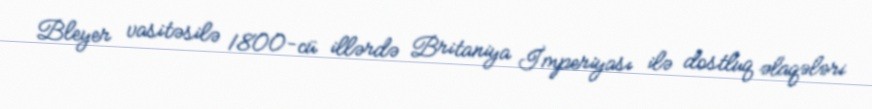
Bleyer vasitəsilə 1800-cü illərdə Britaniya İmperiyası ilə dostluq əlaqələri